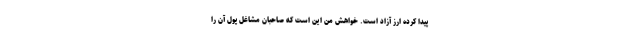
پیدا کرده ارز آزاد است. خواهش من این است که صاحبان مشاغل پول آن را